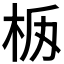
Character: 𣐧